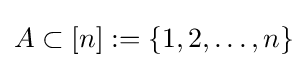
A\subset [n]:=\{1,2,\dots ,n\}